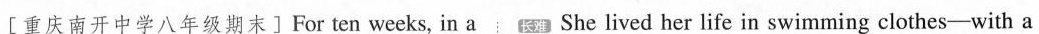
[ 重庆南开中学八年级期末 ]For ten weeks, in a 长难 She lived her life in swimming clothes-with a